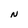
Character: N